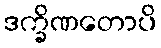
ဒက္ခိဏတောပိ